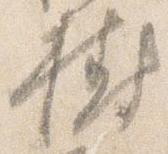
樹